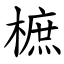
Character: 樜